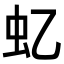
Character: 𧈝